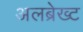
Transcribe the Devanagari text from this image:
अलब्रेख्ट